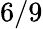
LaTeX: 6/9